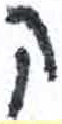
אות: ק